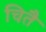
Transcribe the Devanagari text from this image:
चितै